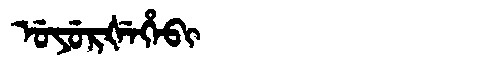
Manchu: ᡠᠶᡠᡵᡧᡝᡥᡝᠪᡳ
Romanization: UYURŠEHEBI